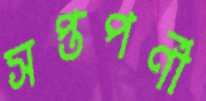
সপ্তপর্ণী